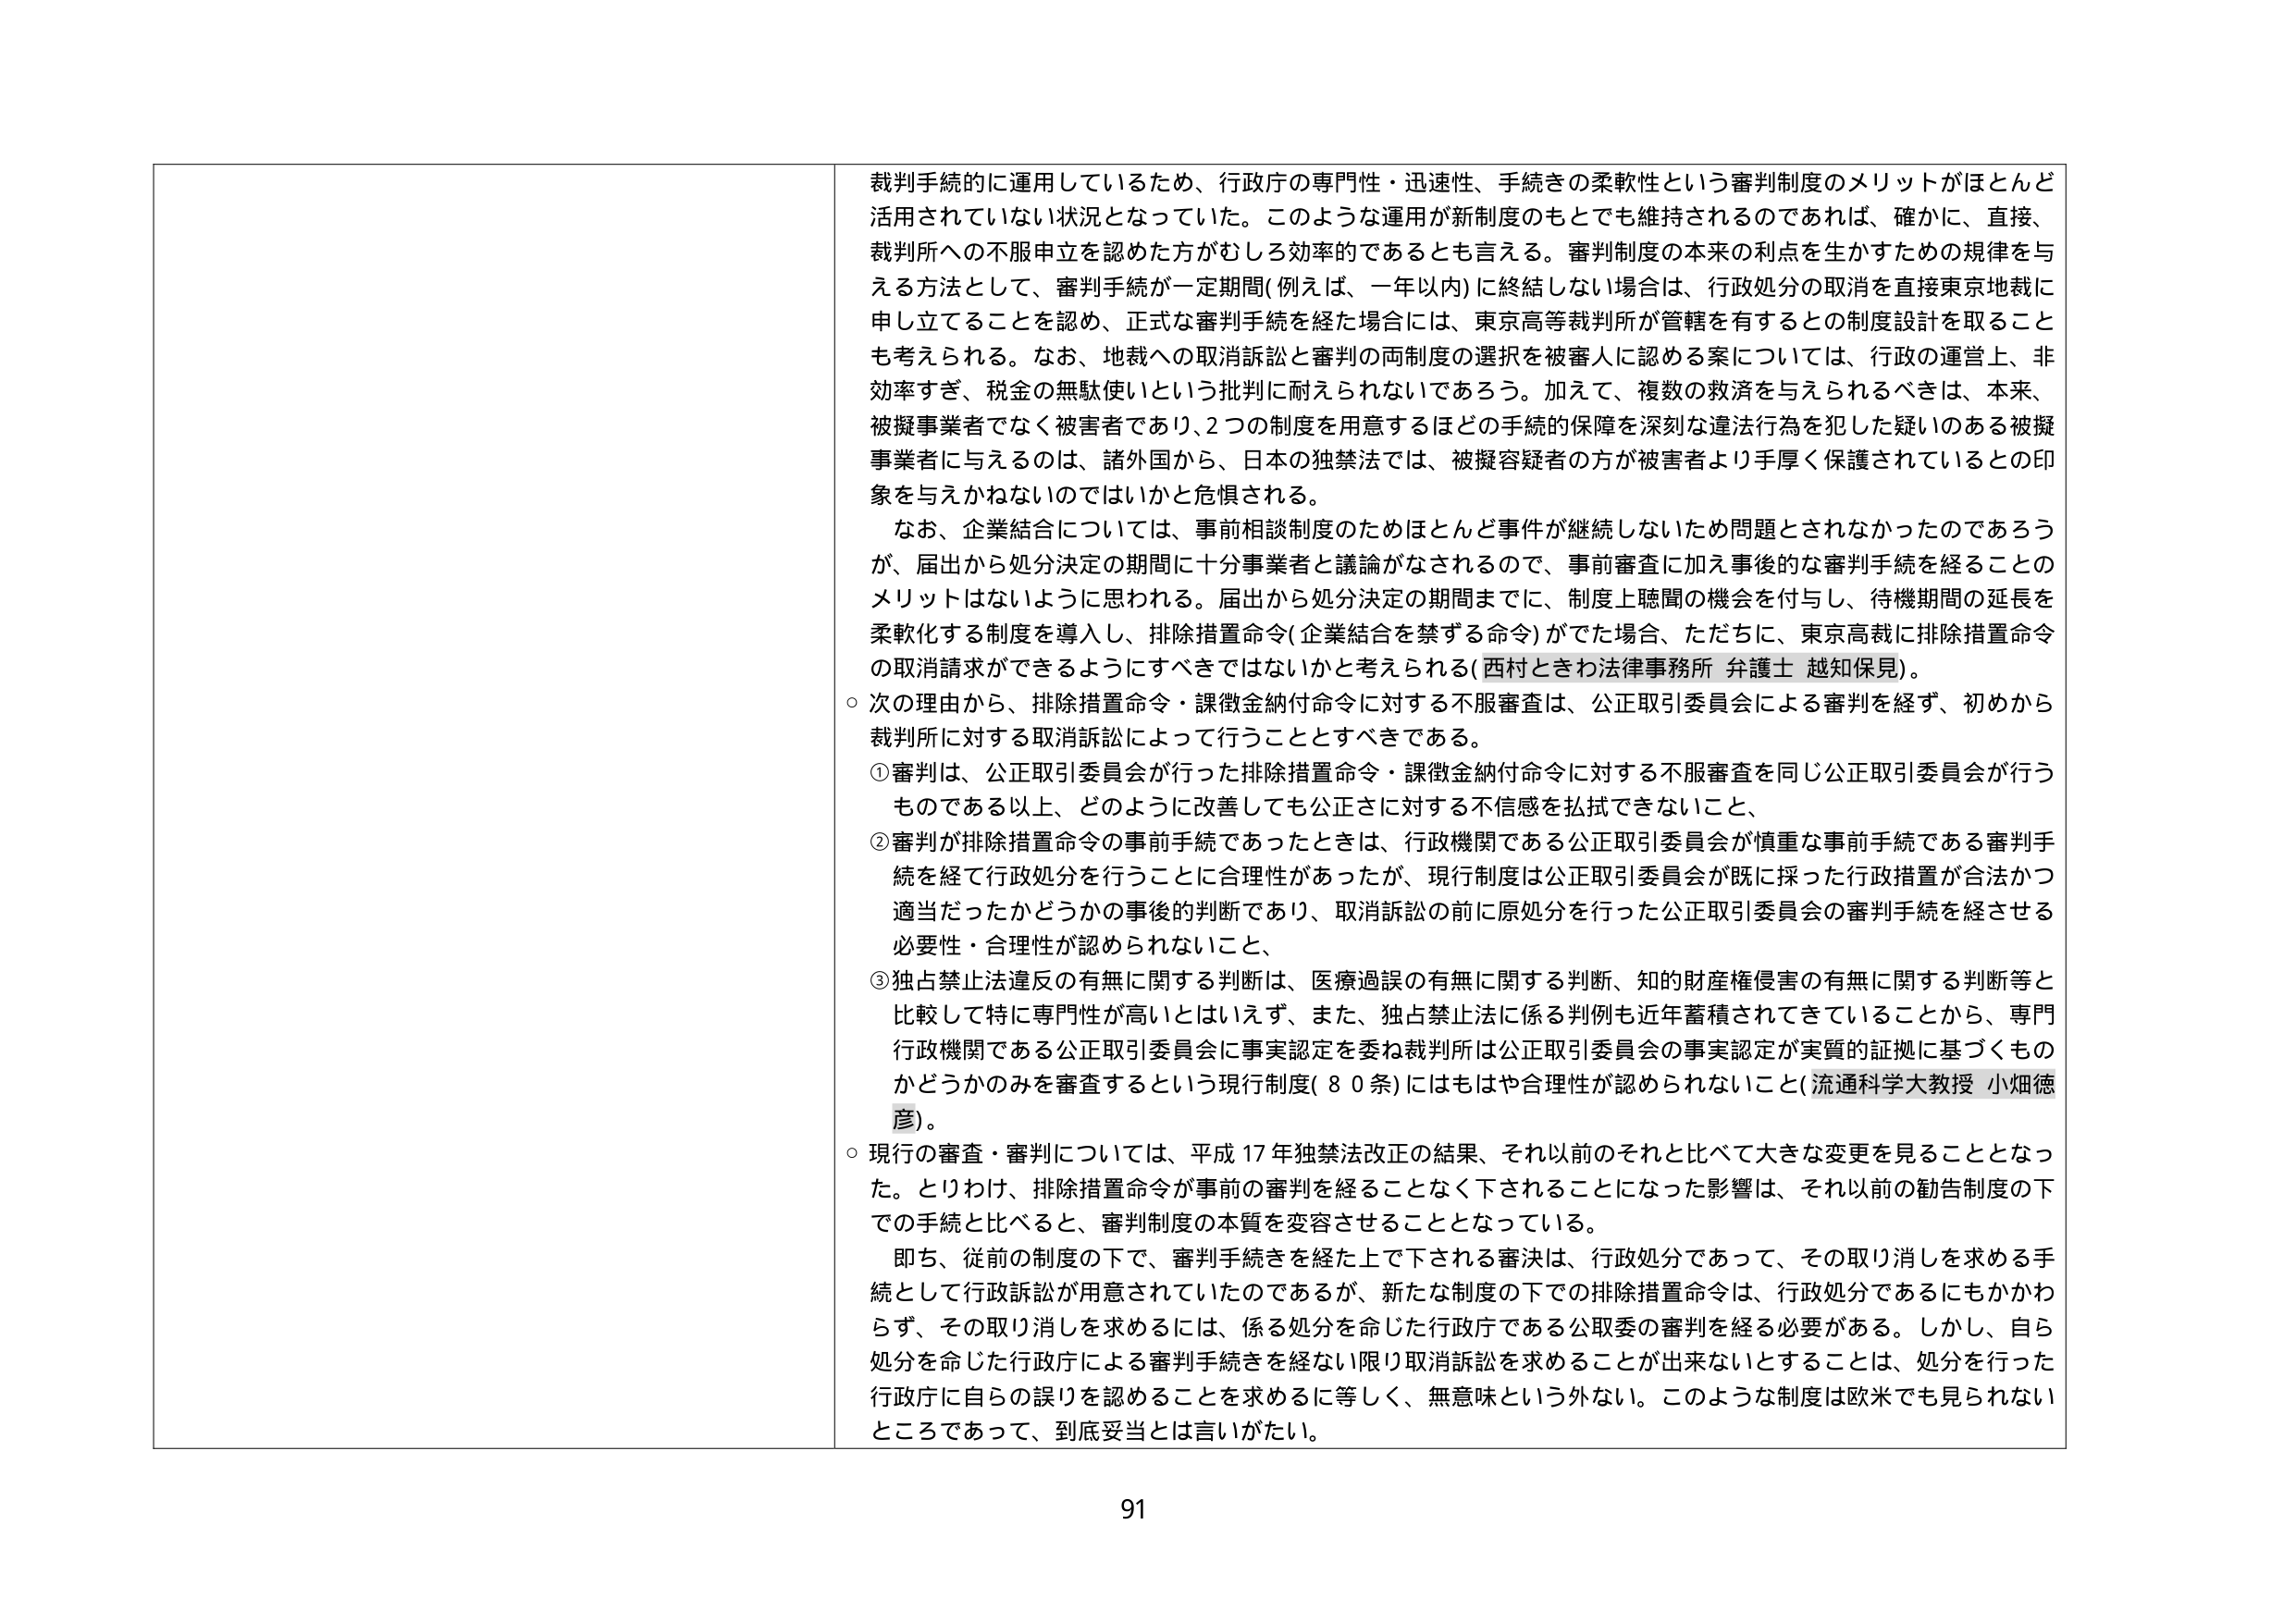
裁判手続的に運用しているため、行政庁の専門性・迅速性、手続きの柔軟性という審判制度のメリットがほとんど活用されていない状況となっていた。このような運用が新制度のもとでも維持されるのであれば、確かに、直接、裁判所への不服申立を認めた方がむしろ効率的であるとも言える。審判制度の本来の利点を生かすための規律を与える方法として、審判手続が一定期間（例えば、一年以内）に終結しない場合は、行政処分の取消を直接東京地裁に申し立てることを認め、正式な審判手続を経た場合には、東京高等裁判所が管轄を有すると の制度設計を取ることも考えられる。なお、地裁への取消訴訟と審判の両制度の選択を被審人に認める案については、行政の運営上、非効率すぎ、税金の無駄使いという批判に耐えられないであろう。加えて、複数の救済を与えられるべきは、本来、被擬事業者でなく被害者であり、2つの制度を用意するほどの手続の保障を深刻な違法行為を犯した疑いのある被擬事業者に与えるのは、諸外国から、日本の独禁法では、被擬容疑者の方が被害者より手厚く保護されているとの印象を与えかねないのではないかと危惧される。

なお、企業結合については、事前相談制度のためほとんど事件が継続しないため問題とされなかったのであろうが、届出から処分決定の期間に十分事業者と議論がなされるので、事前審査に加え事後的な審判手続を経ることのメリットはないように思われる。届出から処分決定の期間までに、制度上聴聞の機会を付与し、待機期間の延長を柔軟化する制度を導入し、排除措置命令（企業結合を禁ずる命令）がでた場合、ただちに、東京高裁に排除措置命令の取消請求ができるようにすべきではないかと考えられる（西村ときわ法律事務所 弁護士 越知保見）。

○次の理由から、排除措置命令・課徴金納付命令に対する不服審査は、公正取引委員会による審判を経ず、初めから裁判所に対する取消訴訟によって行うこととすべきである。

①審判は、公正取引委員会が行った排除措置命令・課徴金納付命令に対する不服審査を同じ公正取引委員会が行うものである以上、どのように改善しても公正さに対する不信感を払拭できないこと、

②審判が排除措置命令の事前手続であったときは、行政機関である公正取引委員会が慎重な事前手続である審判手続を経て行政処分を行うことに合理性があったが、現行制度は公正取引委員会が既に採った行政措置が合法かつ適当だったかどうかの事後的判断であり、取消訴訟の前に原処分を行った公正取引委員会の審判手続を経させる必要性・合理性が認められないこと、

③独占禁止法違反の有無に関する判断は、医療過誤の有無に関する判断、知的財産権侵害の有無に関する判断等と比較して特に専門性が高いとはいえず、また、独占禁止法に係る判例も近年蓄積されてきていることから、専門行政機関である公正取引委員会に事実認定を委ね裁判所は公正取引委員会の事実認定が実質的証拠に基づくものかどうかのみを審査するという現行制度（80条）にはもはや合理性が認められないこと（流通科学大教授 小畑徳彦）。

○現行の審査・審判については、平成17年独禁法改正の結果、それ以前のそれと比べて大きな変更を見ることとなった。とりわけ、排除措置命令が事前の審判を経ることなく下されることになった影響は、それ以前の勧告制度の下での手続と比べると、審判制度の本質を変容させることとなっている。

即ち、従前の制度の下で、審判手続きを経た上で下される審決は、行政処分であって、その取り消しを求める手続として行政訴訟が用意されていたのであるが、新たな制度の下での排除措置命令は、行政処分であるにもかかわらず、その取り消しを求めるには、係る処分を命じた行政庁である公取委の審判を経る必要がある。しかし、自ら処分を命じた行政庁による審判手続きを経ない限り取消訴訟を求めることができないということは、処分を行った行政庁に自らの誤りを認めることを求めるに等しく、無意味という外ない。このような制度は欧米でも見られないところであって、到底妥当とは言いがたい。

91